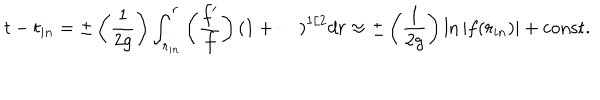
t - t _ { i n } = \pm \left( { \frac { 1 } { 2 g } } \right) \int _ { r _ { i n } } ^ { r } \left( { \frac { f ^ { \prime } } { f } } \right) \left( 1 + \cdots \right) ^ { 1 / 2 } d r \approx \pm \left( { \frac { 1 } { 2 g } } \right) \ln | f ( r _ { i n } ) | + \mathrm { c o n s t . }